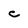
Character: C